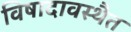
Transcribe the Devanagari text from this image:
विषादावस्थैत